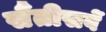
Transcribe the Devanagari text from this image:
सैंतीसवें